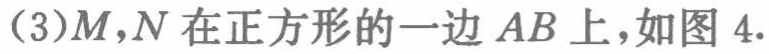
(3)$M,N$在正方形的一边$AB$上，如图4.